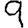
Digit: 9